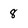
Character: 8